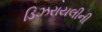
ડિઝરાયલીની